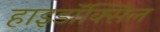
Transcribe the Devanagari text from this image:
हाइडॉक्सिल